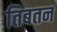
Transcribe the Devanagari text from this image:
तिबतन